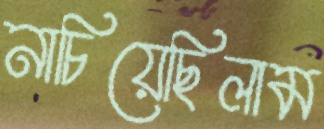
নাচিয়েছিলাম